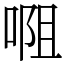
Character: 唨